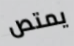
يمتص